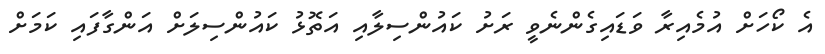
އެ ކޯހަށް އުމެއިރާ ވަޑައިގެންނެވީ ރަށު ކައުންސިލާއި އަތޮޅު ކައުންސިލަށް އަންގާފައި ކަމަށް